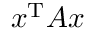
x ^ { \mathrm { T } } A x